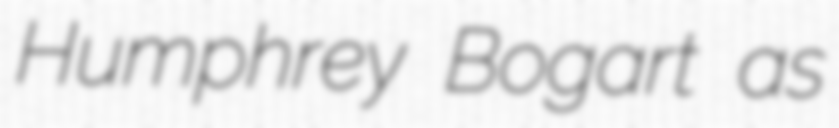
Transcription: Humphrey Bogart as